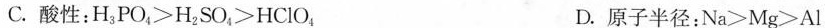
C. 酸性：$$H _ { 3 } P O > H _{2} S O _ { 4 } > H C l O _ { 4 }$$ D. 原子半径：$$N a > M g > A l$$